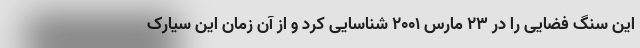
این سنگ فضایی را در ۲۳ مارس ۲۰۰۱ شناسایی کرد و از آن زمان این سیارک